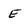
Character: E